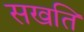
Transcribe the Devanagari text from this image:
सखति